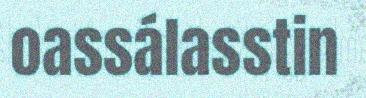
oassálasstin